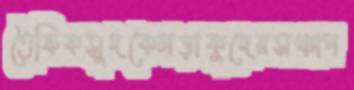
তৈফিকসুদকেলড়াকুদেরসঞ্চাপ